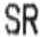
SR